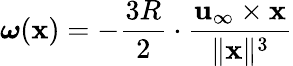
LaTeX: {\boldsymbol{\omega}}(\mathbf{x})=-{\frac{3R}{2}}\cdot{\frac{\mathbf{u}_{\infty}\times\mathbf{x}}{\| \mathbf{x}\| ^{3}}}